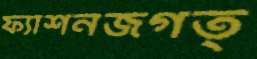
ফ্যাশনজগত্